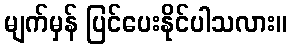
မျက်မှန် ပြင်ပေးနိုင်ပါသလား။